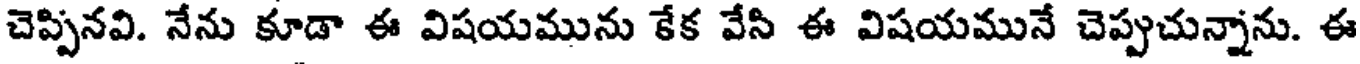
చెప్పినవి. నేను కూడా ఈ విషయమును కేక వేసి ఈ విషయమునే చెప్పుచున్నాను. ఈ